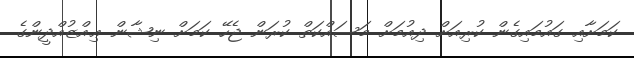
ކަމަށާއި ގައުމައިގެން ކުރިއަށް ދިއުމަށް މަސައްކަތް ކުރަން ޖެހޭ ކަމަށް ނިޝާން ޢިއްޒުއްދީންގެ